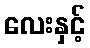
လေးနှင့်